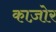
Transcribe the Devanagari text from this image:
काज़ोर